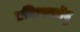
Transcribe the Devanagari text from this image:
प्रतिभारतेंदु